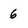
Character: 6